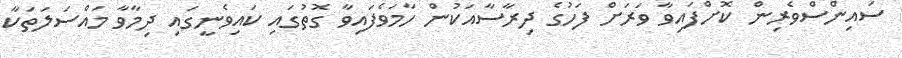
ސައިންސްވެރިން ކޮށްފައިވާ ވަރަށް ފަހުގެ ދިރާސާއަކުން ހާމަވެފައިވާ ގޮތުގައި ކައިވެނީގައި ދިމާވާ މައްސަލަތަކާ